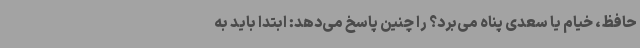
حافظ، خیام یا سعدی پناه می‌برد؟ را چنین پاسخ می‌دهد: ابتدا باید به